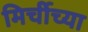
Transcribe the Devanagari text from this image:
मिर्चीच्या